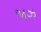
જાઝ